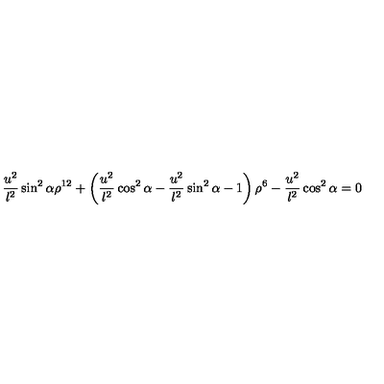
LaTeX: { \frac { u ^ { 2 } } { l ^ { 2 } } } \sin ^ { 2 } \alpha \rho ^ { 1 2 } + \left( { \frac { u ^ { 2 } } { l ^ { 2 } } } \cos ^ { 2 } \alpha - { \frac { u ^ { 2 } } { l ^ { 2 } } } \sin ^ { 2 } \alpha - 1 \right) \rho ^ { 6 } - { \frac { u ^ { 2 } } { l ^ { 2 } } } \cos ^ { 2 } \alpha = 0